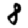
Digit: 8